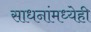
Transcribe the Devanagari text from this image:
साधनांमध्येही